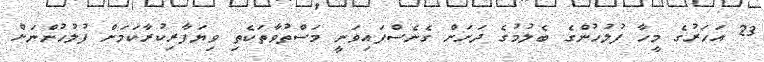
23 އަހަރުގެ މީހާ ފުލުހުންގެ ބެލުމުގެ ދަށަށް ގެނެސްފައިވަނީ މަސްތުވާތަކެތި ވިޔަފާރިކުރާކަމަށް ފުލުހުންނަށް